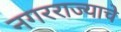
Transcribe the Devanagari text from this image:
नगरराज्याचे